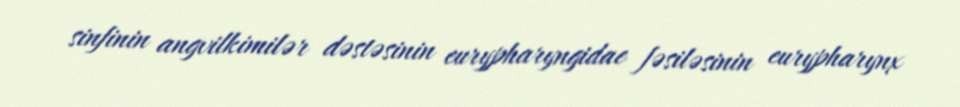
sinfinin angvilkimilər dəstəsinin eurypharyngidae fəsiləsinin eurypharynx